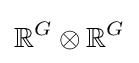
\mathbb {R} ^{G}\otimes \mathbb {R} ^{G}